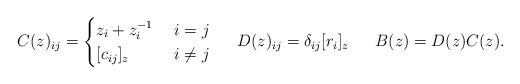
LaTeX: \begin{align*}C(z)_{ij}&=\begin{cases}z_i+z_i^{-1}&\ i=j \\ [c_{ij}]_z&\ i\neq j \end{cases}&D(z)_{ij}&=\delta_{ij}[r_i]_z& B(z)&=D(z)C(z).\end{align*}